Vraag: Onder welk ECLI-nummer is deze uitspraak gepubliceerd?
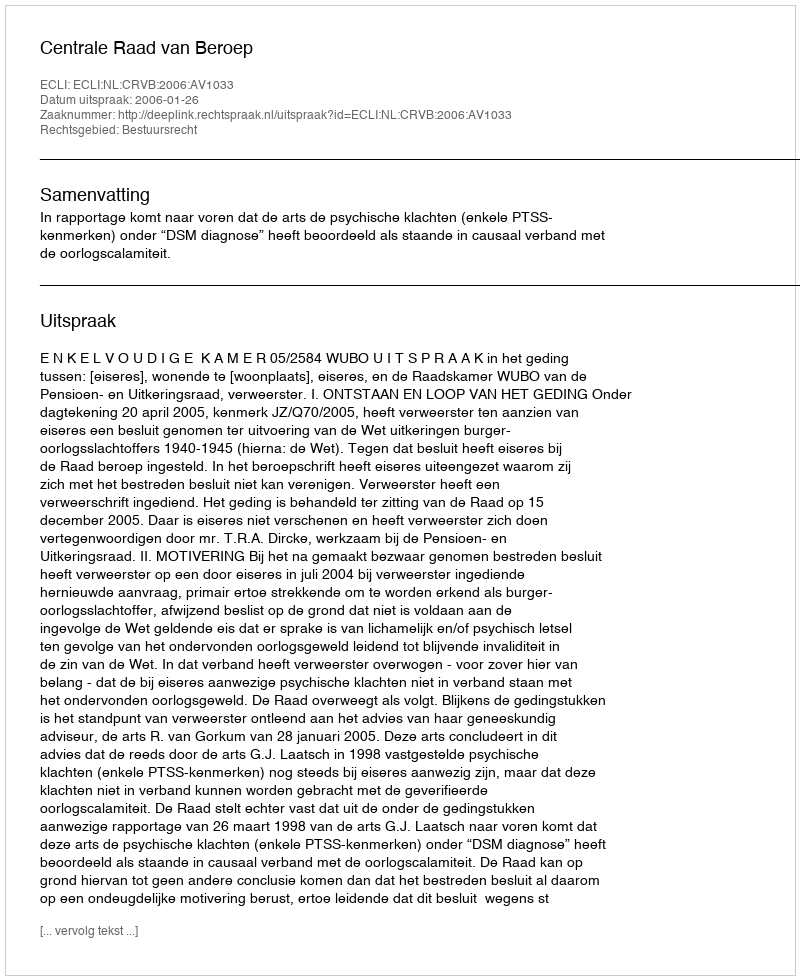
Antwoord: ECLI:NL:CRVB:2006:AV1033